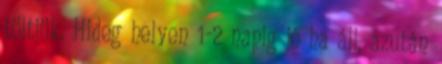
töltjük. Hideg helyen 1-2 napig jó ha áll, azután